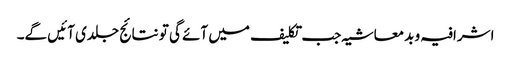
اشرافیہ و بدمعاشیہ جب تکلیف میں آئے گی تو نتائج جلدی آئیں گے۔